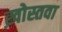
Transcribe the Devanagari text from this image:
ख़ोस्तवा